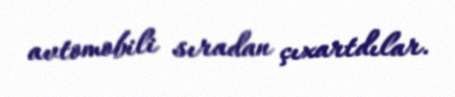
avtomobili sıradan çıxartdılar.